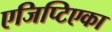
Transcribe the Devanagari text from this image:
एजिप्टिएका